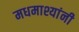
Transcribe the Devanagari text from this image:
मधमाश्यांनी